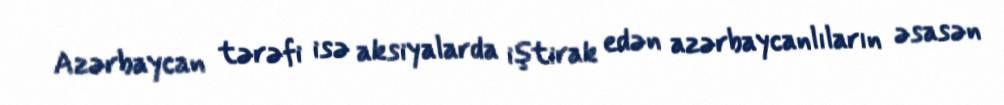
Azərbaycan tərəfi isə aksiyalarda iştirak edən azərbaycanlıların əsasən